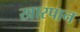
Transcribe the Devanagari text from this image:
खारपान